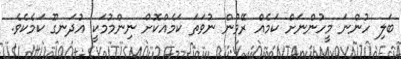
ބަލި ހުންނަ މީހުންނަށް ކަމެއް ރޭވުން ނުވަތަ ކަމެއްކޮށް ނިންމުމަކީ އުދަނގޫ ކަމެކެވެ.